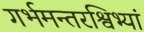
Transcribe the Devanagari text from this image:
गर्भमन्तरश्विभ्यां